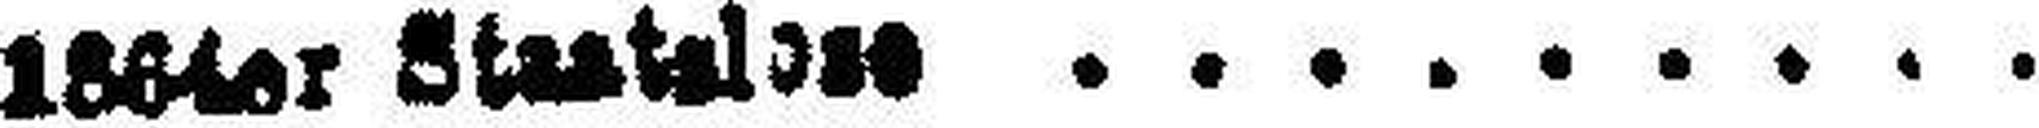
1864er Staatal###